Annual report of the Civil Veterinary Department, Bengal, and of the Bengal Veterinary College for the year 1905-1906 - 1905-1906
Year: 1905
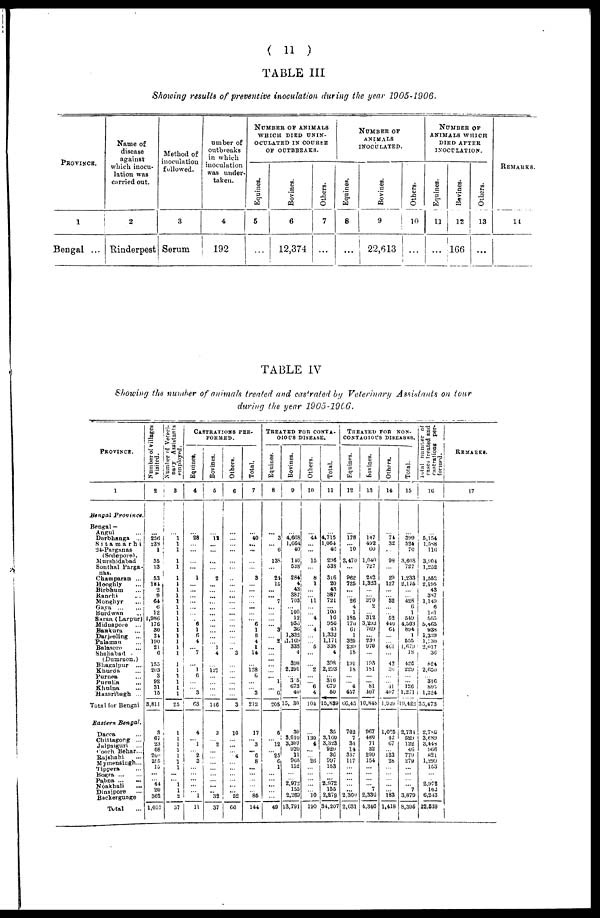
(11)
TABLE III
Showing results of preventive inoculation during the year 1905-1906.
PROVINCE.
1
Bengal ...
Name of
disease
against
which inocu-
lation was
curried out.
2
Rinderpest
Method of
inoculation
followed.
3
Serum
Number of
outbreaks
in which
inoculation
was under-
taken.
4
192
NUMBER OF ANIMALS
WHICH DIED UNIN-
OCULATED IN COURSE
OF OUTBREAKS.
Equines.
5
...
Bovines.
6
12,374
Others.
7
...
Equines.
8
...
NUMBER
OF
ANIMALS
INOCULATED.
Bovines.
9
22,613
Others.
10
...
NUMBER OF
ANIMALS WHICH
DIED AFTER
INOCULATION.
Equines.
11
...
Bovines.
12
166
Others.
13
...
REMARKS.
14
TABLE IV
Showing the number of animals treated and castrated by Veterinary Assistants on tour
during the year 1905-1906.
PROVINCE.
1
Bengal
Province.
Bengal —
Angul ...
Darbhanga ...
Sitamarhi
24-Parganas
(Sodepore).
Murshidabad
Sonthal Parga-
nas.
Champaran ...
Hooghly ...
Birbhum ...
Ranchi ...
Monghyr ...
Gaya
...
Burdwan ...
Saran (Larpur)
Midnapore ...
Bankura ...
Darjeeling ...
Palaman ...
Balasore ...
Shahabad -
(Dumraon.)
Khurda ...
Purnea
Purnlia ...
Khulna ...
Hazaribagh ...
Total for Bengai
Eastern
Bengal.
Mymensingh...
Tippera ...
Bogra ... ...
Pabna ... ...
Koakhali
...
Dinaipore ...
Backergunge
Total ...
Number of villages
visited.
2
...
256 238
1
35
13
...
53
181
2
9
64
6
12
1,986
176
30
24
190
21
0
155
203
3
92
31
15
3,811
3
67
23
68
200
255
15
...
...
44
20
362
1,057
Number of Veteri-
nary Assistants
employed.
3
...
1
1
1
1
1
1
1
1
1
1
1
1
1
1
1
1
1
1
1
1
1
1
1
1
1
25
1
1
1
1
1
1
1
...
...
1
1
2 37
CASTRATIONS PER¬
FORMED.
Equines.
4
...
28
...
...
...
...
1
...
...
...
...
...
...
... 6
1
6
4
... 7
...
1
6
...
... 3
03
4
... 1
... 2
6
...
...
...
...
...
1
11
Bovines.
5
...
12
...
...
...
...
2
...
...
...
...
...
...
...
...
...
...
... 1
4
...
127
...
...
...
...
146
3
... 2
...
...
...
... ...
...
...
...
32
37
Others.
6
...
... ...
...
...
...
...
...
...
...
...
...
...
...
...
...
...
...
... 3
...
...
...
...
...
...
3
10
...
...
... 4
...
... ...
...
...
...
52
66
Total.
7
...
40
...
...
...
...
3
...
...
...
...
...
...
... 6
1
6
4
1
14
...
128
6
...
... 3
212
17
... 3
... 6
8
...
...
...
...
...
85
144
TREATED FOR CONTA¬
GIOUS DISEASE.
Equines.
8
...
3
... 6
138
...
21
15
...
... 7
...
...
...
... 3
... 2
...
...
...
...
... 1
... 6
205
5
... 12
... 25
6
1
...
...
...
...
...
49
Bovines.
9
...
4,608 1,664
40
140
538
284
4
43
387
703
... 100 12
956
30
1,332
1,169
333
4
308
2,291
... 3 5
073
40
15, 30
30
8,010
3,307
020
11
905
152
... ...
2,972
155
2,269
13,791
Others.
10
...
44
...
...
15
...
8
1
...
... 11
...
... 4
... 4
...
... 5
...
...
2
...
... 6
4
104
...
130
4
...
...
26
...
...
...
...
...
10
190
Total.
11
...
4,715 1,004
46
206
538
316
20
43
387
721
... 100 16
956
43
1,332
1,171
338
4
308
2,293
... 310
070
50
15,839
35
3,100
3,323
920
30
997
153
... ...
2,972
155
2,279
34,207
TREATED FOR NON-
CONTAGIOUS DISEASKS.
Equines.
12
...
178
... 10
2,470
...
962
725
...
... 26
4
1
185
770
61
1
325
230
18
101
18
...
... 4
457
66, 45
702
7
34
14
357
117
...
...
...
...
...
2,369
2,031
Bovines.
13
...
147
492
00
1,040
727
242
1,323
...
... 370
...
... 312
3,203
700
... 239
970
...
193
181
...
... 81
107
10,848
967
480
71
32
290
154
...
...
...
...
7
2,330
4,346
Others.
14
...
74 32
...
98
...
29
127
...
... 32
...
52
440
64
...
... 401
...
42
...
...
... 41
407
1,929
1,025
42
07
... 123
28
...
...
...
...
...
183
1,418
Total.
15
...
309 524
70
3,608
727
1,233
2,175
...
... 428
6
...1
549
4,503
894
1
555
1,070
18
420
229
...
... 126
1,271
10,422
2,731
529
122
46
779
279
...
...
...
...
7
3,879
8,395
Total
number of
oases treated and
castrations per-
formed.
10
...
5,154 1,588
116
3,904
1,252
1,552
2,195
43
387
1,149
6
107
565
5,465
938
1,359
1,730
2,017
30
824
2,650
... 316
805
1,324
35,473
2,786
3,689
3,448
906
821
1,299
153
...
...
2,972
102
6,243
22,539
REMARKS.
17